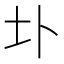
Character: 圤